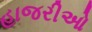
હાજરીઓ